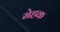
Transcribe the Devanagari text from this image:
मेहक